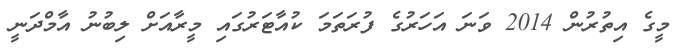
މީގެ އިތުރުން 2014 ވަނަ އަހަރުގެ ފުރަތަމަ ކުއާޓަރުގައި މީރާއަށް ލިބުނު އާމްދަނީ